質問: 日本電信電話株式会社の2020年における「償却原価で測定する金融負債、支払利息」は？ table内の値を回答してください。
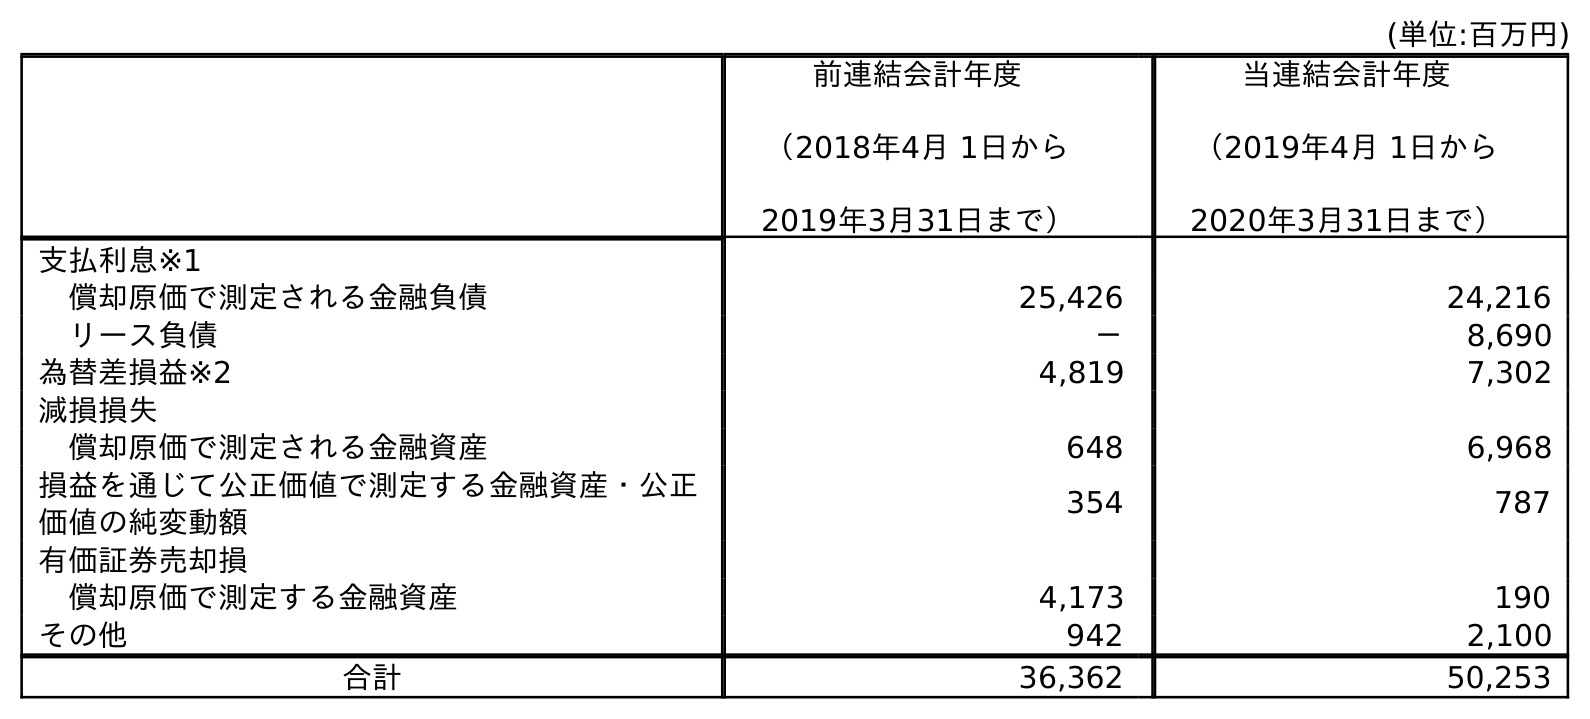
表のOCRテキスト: (単位:百万円) 前連結会計年度 （2018年4月 1日から 2019年3月31日まで） 当連結会計年度 （2019年4月 1日から 2020年3月31日まで） 支払利息※1 償却原価で測定される金融負債 25,426 24,216 リース負債 － 8,690 為替差損益※2 4,819 7,302 減損損失 償却原価で測定される金融資産 648 6,968 損益を通じて公正価値で測定する金融資産・公正 価値の純変動額 354 787 有価証券売却損 償却原価で測定する金融資産 4,173 190 その他 942 2,100 合計 36,362 50,253
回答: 24,216